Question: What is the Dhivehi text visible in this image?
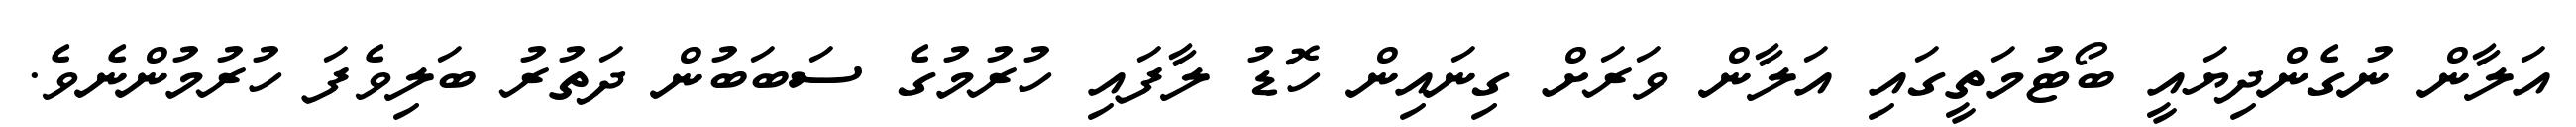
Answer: އަލާން ނުގެންދިޔައީ ބޯޓުމަތީގައި އަލާން ވަރަށް ގިނައިން ހޮޑު ލާފައި ހުރުމުގެ ސަބަބުން ދަތުރު ބަލިވެފަ ހުރުމުންނެވެ.